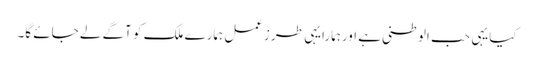
کیایہی حب الوطنی ہے اورہمارایہی طرزعمل ہمارے ملک کو آگے لے جائے گا۔